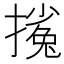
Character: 𱠴